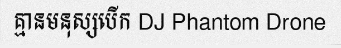
គ្មានមនុស្សបើក DJ Phantom Drone